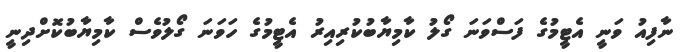
ނާފިއު ވަނީ އެޓީމުގެ ފަސްވަނަ ގޯލު ކާމިޔާބުކުރިއިރު އެޓީމުގެ ހަވަނަ ގޯލުވެސް ކާމިޔާބުކޮށްދިނީ